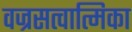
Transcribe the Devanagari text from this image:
वज्रसत्वात्मिका